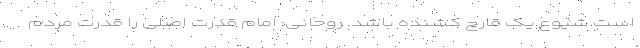
است شیوع یک قارچ کشنده باشد. روحانی: امام قدرت اصلی را قدرت مردم